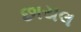
છાયલ